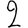
Digit: 2